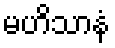
မဟိသာနံ